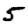
Digit: 5